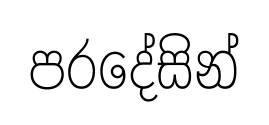
පරදේසින්